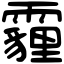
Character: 霾